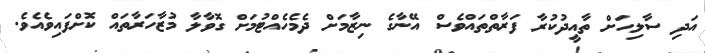
އަދި ސާލިހަށް ތާއީދުކުރާ ފަރާތްތައްވެސް އޭނާގެ ނިޒާމަށް ދެމެހެއްޓުމަށް ގޮވާލާ މުޒާހަރާތައް ކޮށްފައިވެއެވެ.